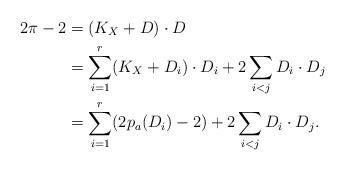
LaTeX: \begin{align*}2\pi - 2 &= (K_X + D) \cdot D\\ &= \sum_{i = 1}^r (K_X + D_i)\cdot D_i + 2\sum_{i < j} D_i \cdot D_j\\&= \sum_{i = 1}^r (2p_a(D_i) - 2) + 2\sum_{i < j} D_i \cdot D_j. \end{align*}